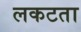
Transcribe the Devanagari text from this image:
लकटता